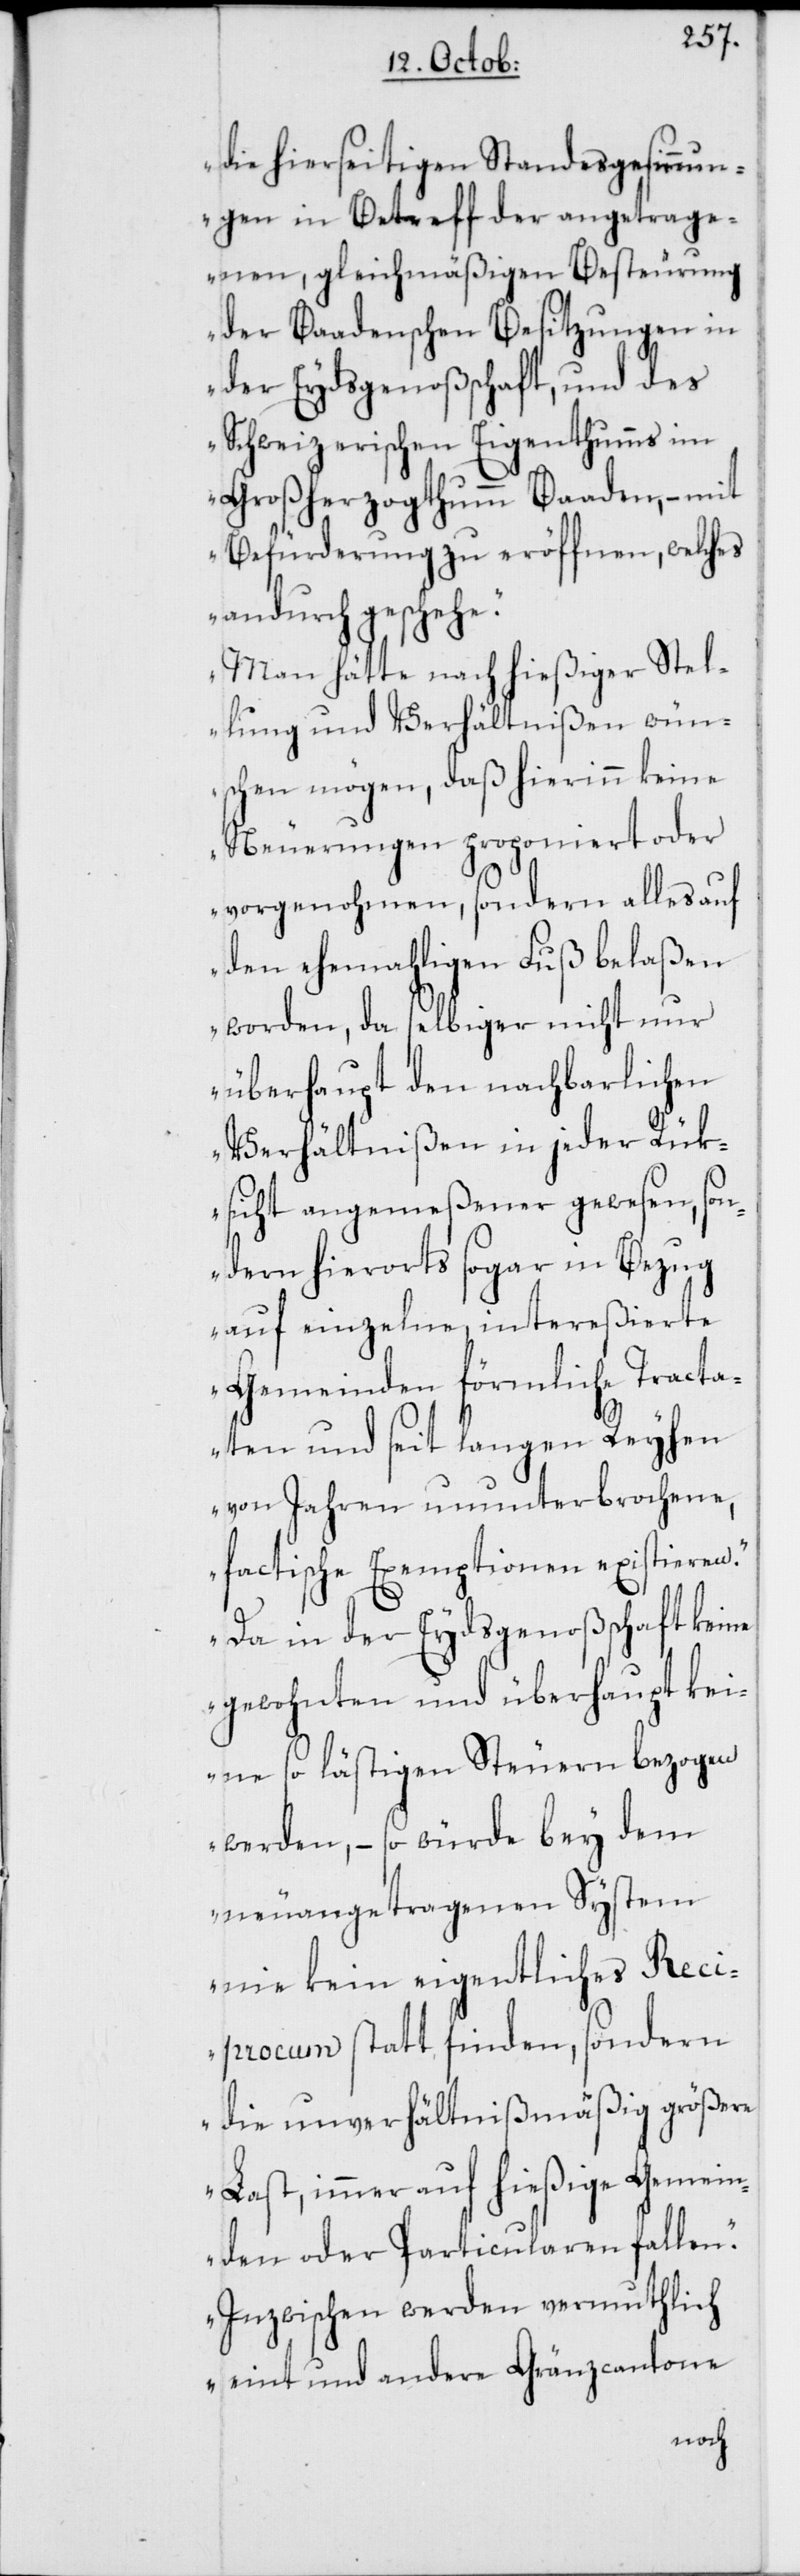
die hierseitigen Standesgesinnun¬
gen in Betreff der angetrage¬
nen, gleichmäßigen Besteurung
der Baadenschen Besitzungen in
der Eydsgenoßschaft, und des
Schweizerischen Eigenthumms im
Großherzogthumm Baaden, – mit
Befürderung zu eröffnen, welches
andurch geschehe.
Man hätte nach hießiger Stel¬
lung und Verhältnißen wün¬
schen mögen, daß hierinn keine
Neuerungen proponiert oder
vorgenohmen, sondern alles auf
den ehemahligen Fuß belaßen
worden, da selbiger nicht nur
überhaupt den nachbarlichen
Verhältnißen in jeder Rük¬
sicht angemeßener gewesen, son¬
dern hierorts sogar in Bezug
auf einzelne, intereßierte
Gemeinden förmliche Tracta¬
ten und seit langen Reyhen
von Jahren ununterbrochene,
factische Exemptionen existieren.
Da in der Eydsgenoßschaft keine
gewohnten und überhaupt kei¬
ne so lästigen Steuern bezogen
werden, – so würde bey dem
neuangetragenen System
nie kein eigentliches Reci¬
procum statt finden, sondern
die unverhältnißmäßig größere
Last, immer auf hießige Gemein¬
den oder Particularen fallen.
Inzwischen werden vermuthlich
eint und andere Gränzcantone